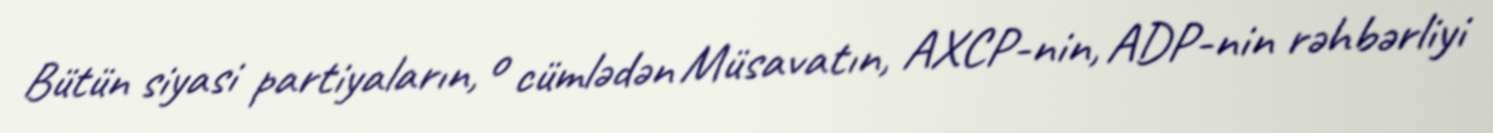
Bütün siyasi partiyaların, o cümlədən Müsavatın, AXCP-nin, ADP-nin rəhbərliyi